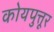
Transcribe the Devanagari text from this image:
कोयपुत्तूर